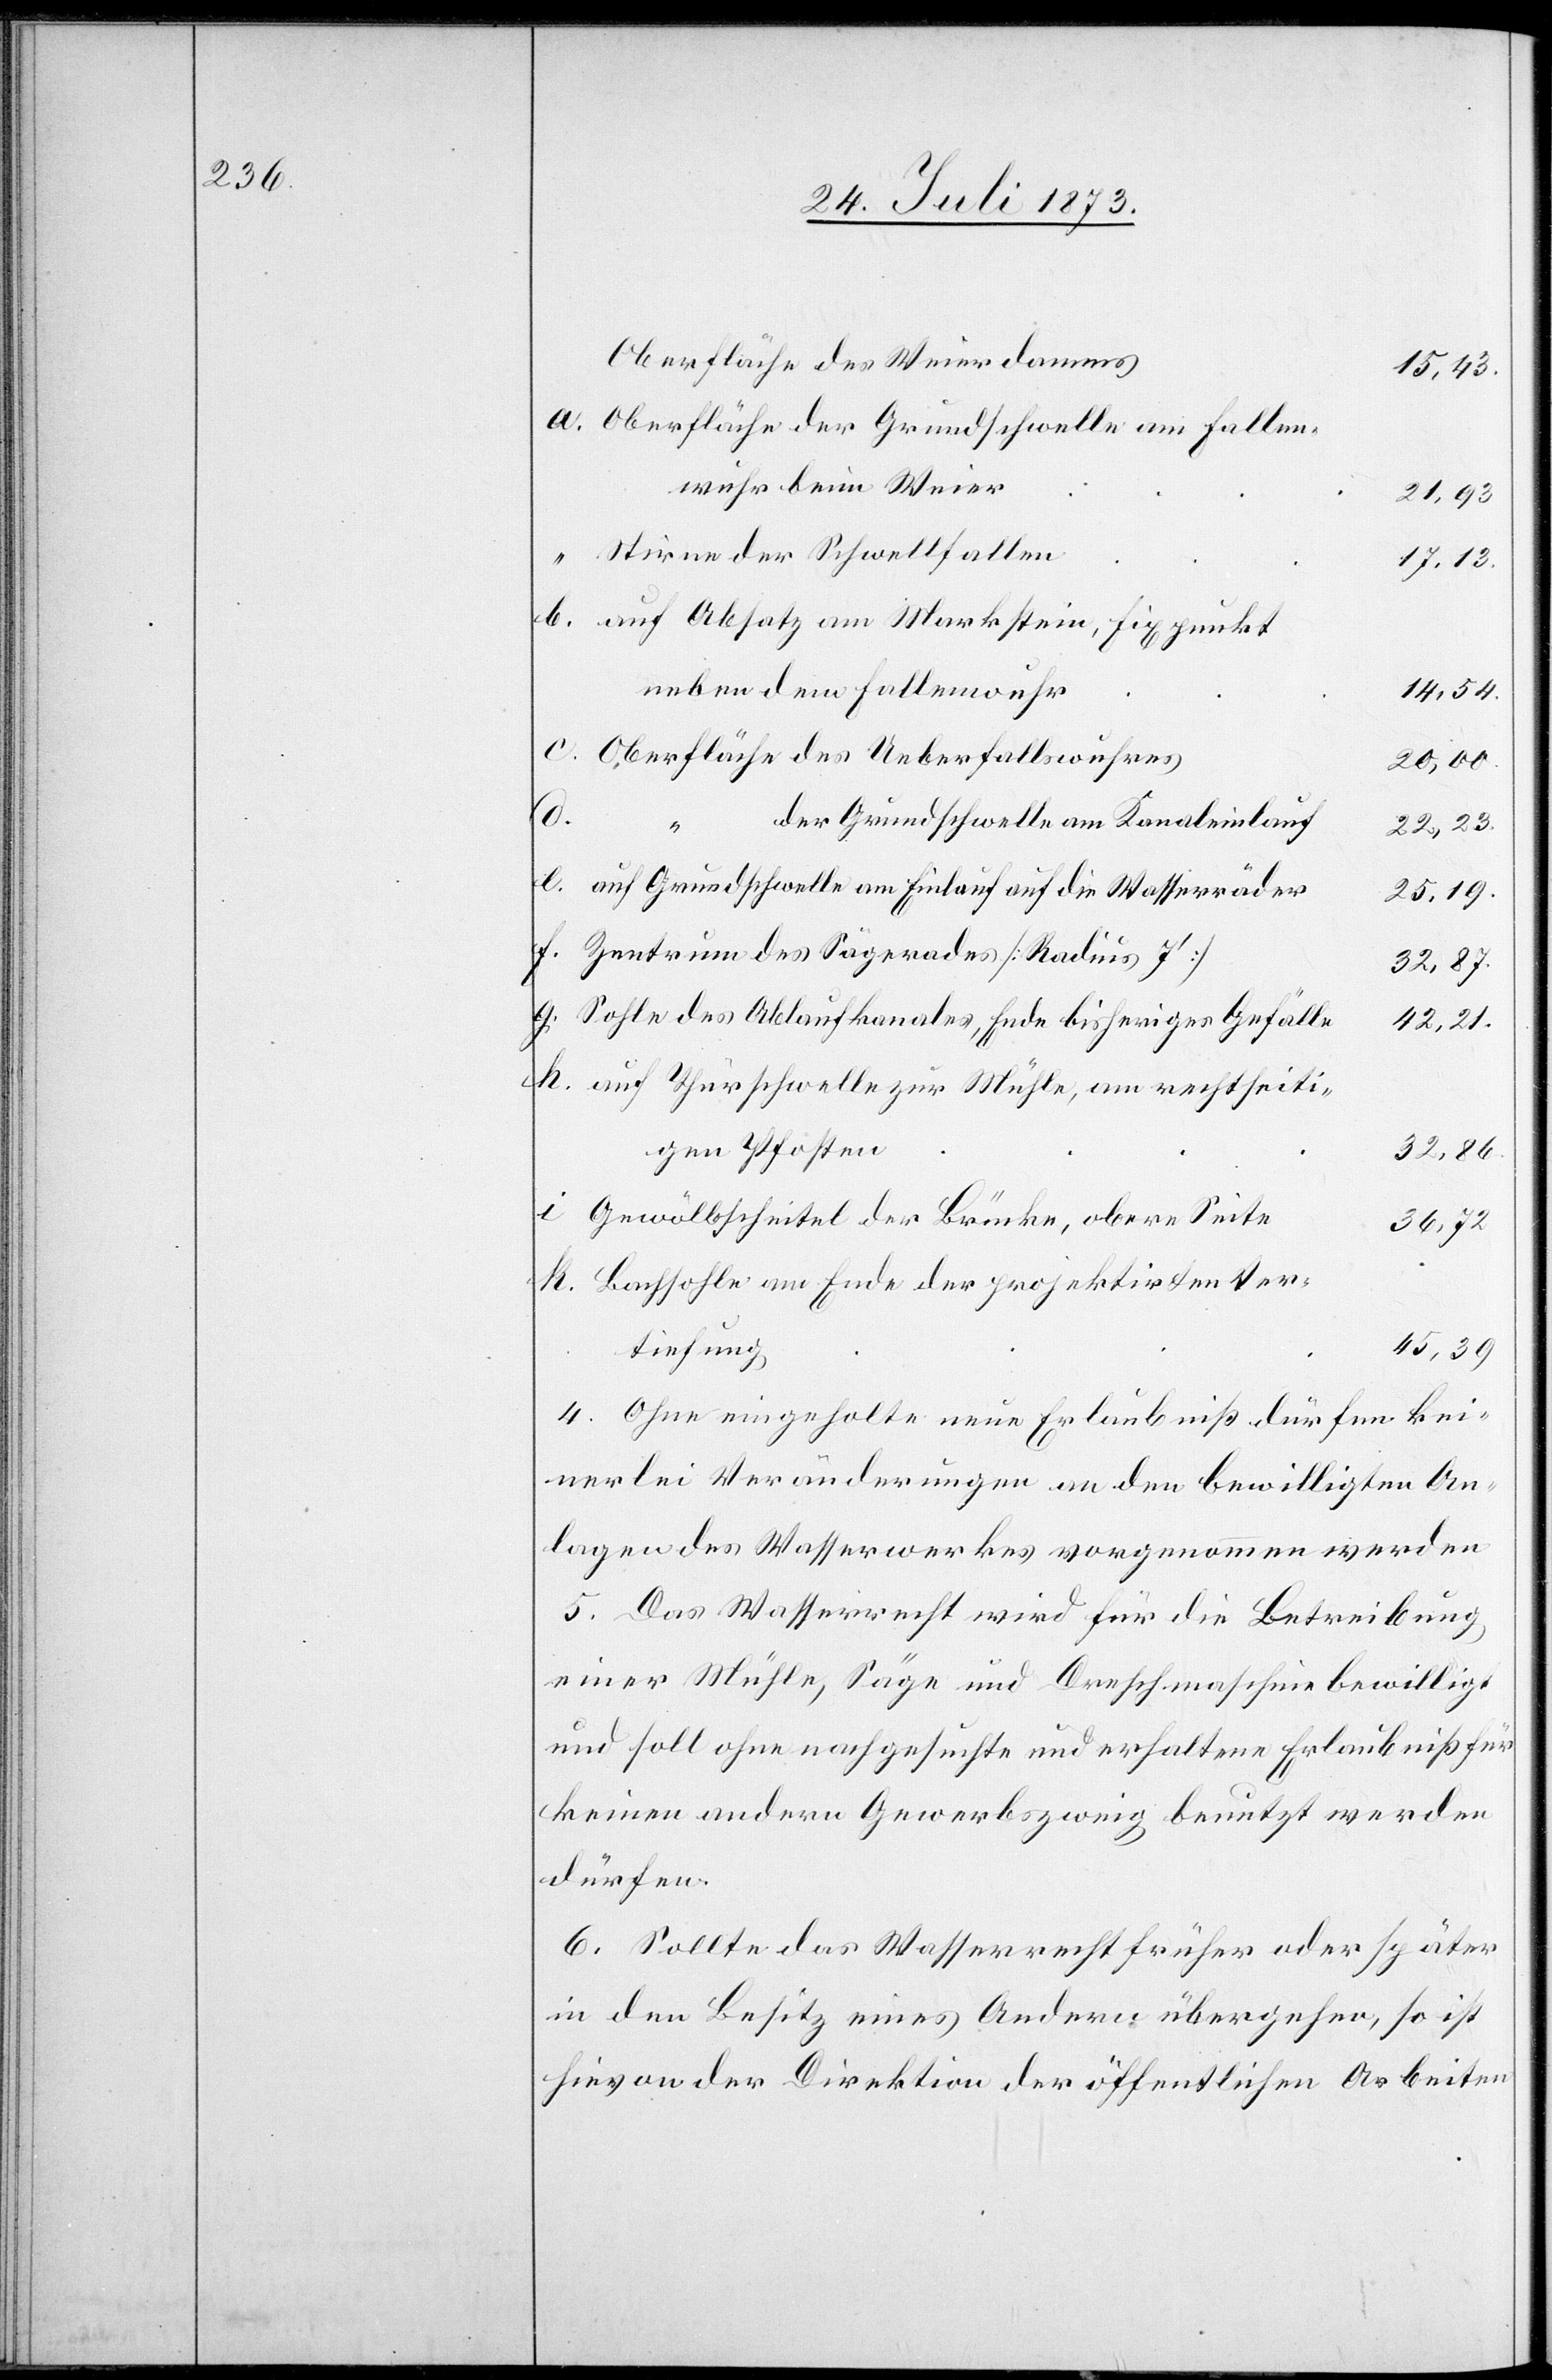
Oberfläche des Weierdamms
15,43.
Oberfläche der Grundschwelle am Fallen¬
wuhr beim Weier
21,93.
Stirne der Schwellfallen
17,13.
auf Absatz am Markstein, Fixpunkt
neben dem Fallenwuhr
14,54.
Oberfläche des Ueberfallswuhres
20,00.
d.
der Grundschwelle am Kanaleinlauf
22,23.
auf Grundschwelle am Einlauf auf die Wasserräder
25,19.
Zentrum des Sägerades [Radius 7‘]
32,87.
Sohle des Ablaufkanales, Ende bisheriges Gefälle
42,21.
auf Thürschwelle zur Mühle, am rechtseiti¬
gen Pfosten
32,86.
Gewölbscheitel der Brücke, obere Seite
36,72.
Bachsohle am Ende der projektirten Ver¬
tiefung
45,39.
4. Ohne eingeholte neue Erlaubniß dürfen kei¬
nerlei Veränderungen an den bewilligten An¬
lagen des Wasserwerkes vorgenommen werden.
5. Das Wasserrecht wird für die Betreibung
einer Mühle, Säge und Dreschmaschine bewilligt
und soll ohne nachgesuchte und erhaltene Erlaubniß für
keinen andern Gewerbszweig benutzt werden
dürfen.
6. Sollte das Wasserrecht früher oder später
in den Besitz eines Andern übergehen, so ist
hievon der Direktion der öffentlichen Arbeiten